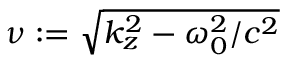
\nu : = \sqrt { k _ { z } ^ { 2 } - \omega _ { 0 } ^ { 2 } / c ^ { 2 } }